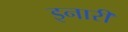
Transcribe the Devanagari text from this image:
इनारी